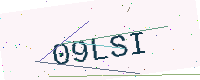
Text: 09LSI